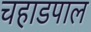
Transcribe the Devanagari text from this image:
चहाडपाल